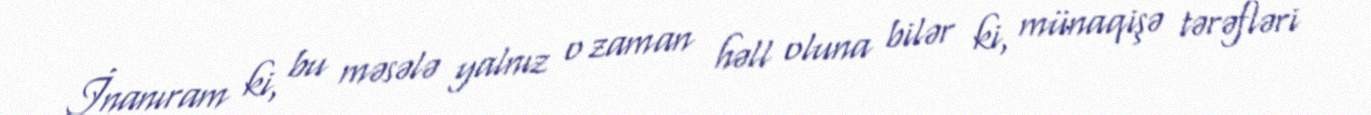
İnanıram ki, bu məsələ yalnız o zaman həll oluna bilər ki, münaqişə tərəfləri